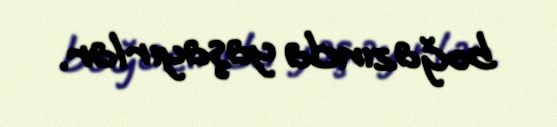
boğazında yaşayırlar.